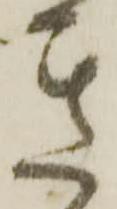
き